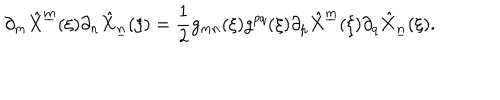
\partial _ { m } \hat { X } ^ { \underline { { { m } } } } ( \xi ) \partial _ { n } \hat { X } _ { \underline { { { n } } } } ( \xi ) = { \frac { 1 } { 2 } } g _ { m n } ( \xi ) g ^ { p q } ( \xi ) \partial _ { p } \hat { X } ^ { \underline { { { m } } } } ( \xi ) \partial _ { q } \hat { X } _ { \underline { { { n } } } } ( \xi ) .